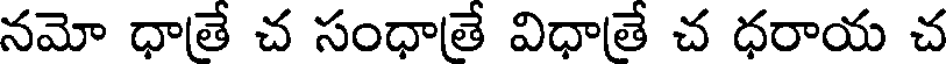
నమో ధాతే చ సంధాతే విధాతే చ ధరాయ చ